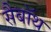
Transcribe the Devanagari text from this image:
सैबॉथ